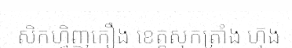
សិកហ្វិញកឿង ខេត្តសុកត្រាំង ហ៊ុង